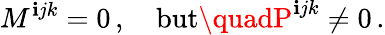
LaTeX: M^{\mathbf{i}jk}=0\, ,\quad\mathrm{{but}}\quadP^{\mathbf{i}jk}\ne0\, .